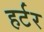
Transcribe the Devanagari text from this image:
हर्टर